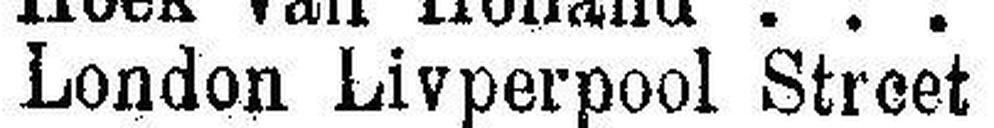
London Livperpool Street